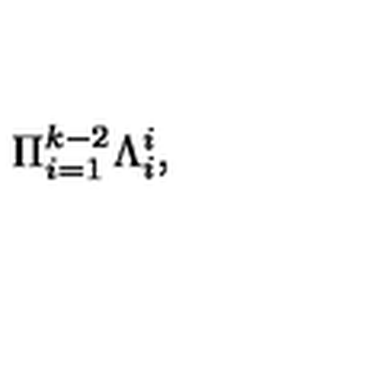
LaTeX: \Pi _ { i = 1 } ^ { k - 2 } \Lambda _ { i } ^ { i } ,